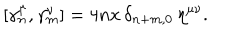
LaTeX: [ \gamma _ { n } ^ { \mu } , \gamma _ { m } ^ { \nu } ] = 4 n x \, \delta _ { n + m , 0 } \, \eta ^ { \mu \nu } .